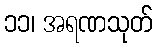
၁၁၊ အရဏသုတ်